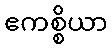
ဧကစ္စိယာ